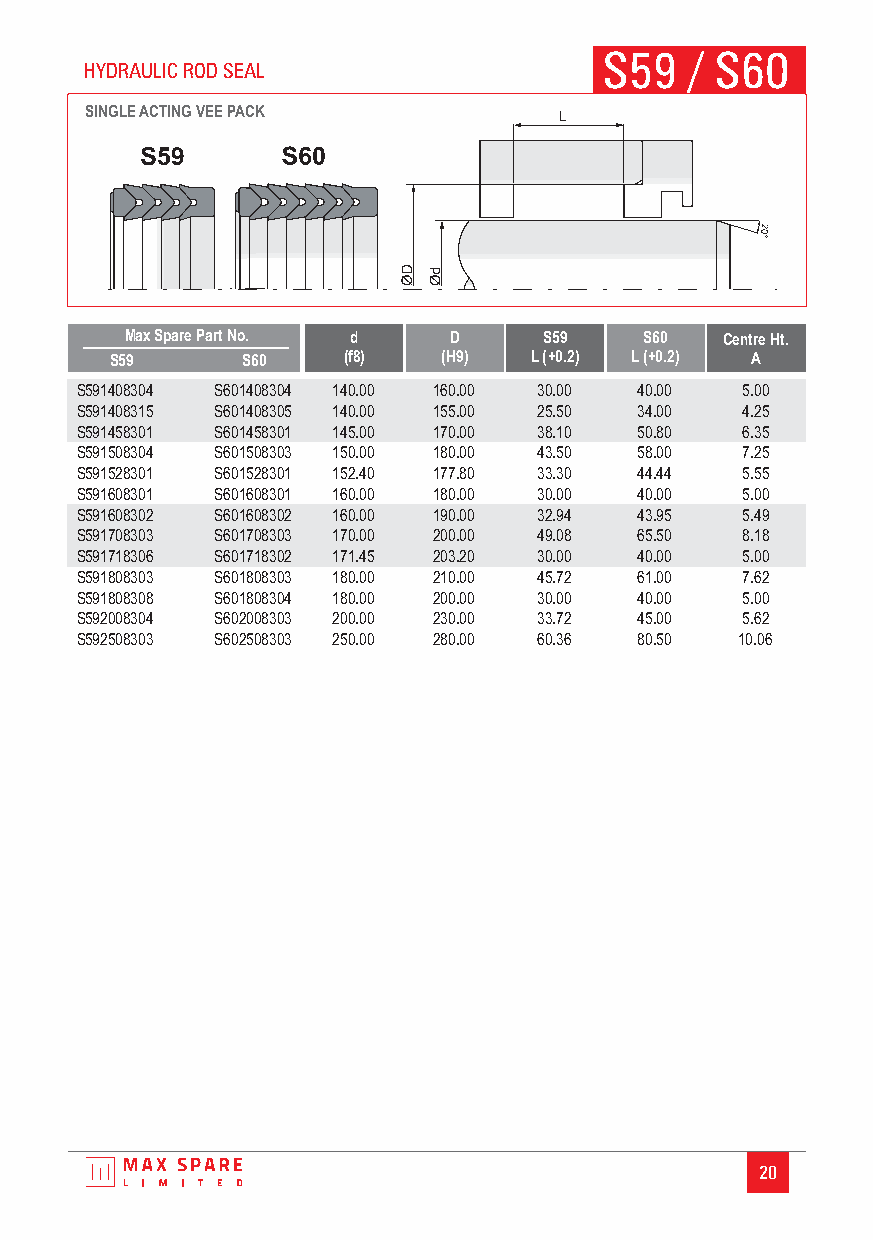
S59   / S60
 HYDRAULICRODSEAL
 SINGLEACTING VEE PACK
 Max Spare Part No. d  D     S59    S60  Centre Ht.
 S59      S60    (f8)  (H9)  L (+0.2) L (+0.2) A
 S591408304 S601408304 140.00 160.00 30.00 40.00 5.00
 S591408315 S601408305 140.00 155.00 25.50 34.00 4.25
 S591458301 S601458301 145.00 170.00 38.10 50.80 6.35
 S591508304 S601508303 150.00 180.00 43.50 58.00 7.25
 S591528301 S601528301 152.40 177.80 33.30 44.44 5.55
 S591608301 S601608301 160.00 180.00 30.00 40.00 5.00
 S591608302 S601608302 160.00 190.00 32.94 43.95 5.49
 S591708303 S601708303 170.00 200.00 49.08 65.50 8.18
 S591718306 S601718302 171.45 203.20 30.00 40.00 5.00
 S591808303 S601808303 180.00 210.00 45.72 61.00 7.62
 S591808308 S601808304 180.00 200.00 30.00 40.00 5.00
 S592008304 S602008303 200.00 230.00 33.72 45.00 5.62
 S592508303 S602508303 250.00 280.00 60.36 80.50 10.06
 20